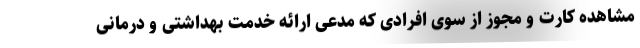
مشاهده کارت و مجوز از سوی افرادی که مدعی ارائه خدمت بهداشتی و درمانی